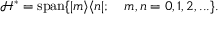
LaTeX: \mathcal { H } ^ { * } = \mathrm { s p a n } \{ | m \rangle \langle n | ; \quad m , n = 0 , 1 , 2 , . . . \} .